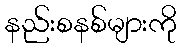
နည်းစနစ်များကို